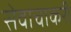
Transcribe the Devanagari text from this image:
सेवाचाकरी